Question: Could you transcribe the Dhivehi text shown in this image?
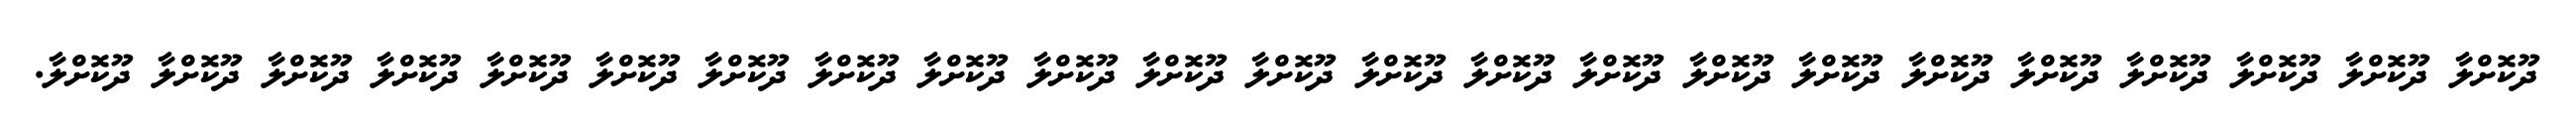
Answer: ދޫކޮށްލާ ދޫކޮށްލާ ދޫކޮށްލާ ދޫކޮށްލާ ދޫކޮށްލާ ދޫކޮށްލާ ދޫކޮށްލާ ދޫކޮށްލާ ދޫކޮށްލާ ދޫކޮށްލާ ދޫކޮށްލާ ދޫކޮށްލާ ދޫކޮށްލާ ދޫކޮށްލާ ދޫކޮށްލާ ދޫކޮށްލާ ދޫކޮށްލާ ދޫކޮށްލާ ދޫކޮށްލާ ދޫކޮށްލާ ދޫކޮށްލާ ދޫކޮށްލާ ދޫކޮށްލާ.